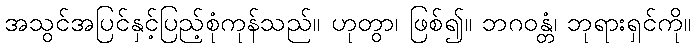
အသွင်အပြင်နှင့်ပြည့်စုံကုန်သည်။ ဟုတွာ၊ ဖြစ်၍။ ဘဂဝန္တံ၊ ဘုရားရှင်ကို။